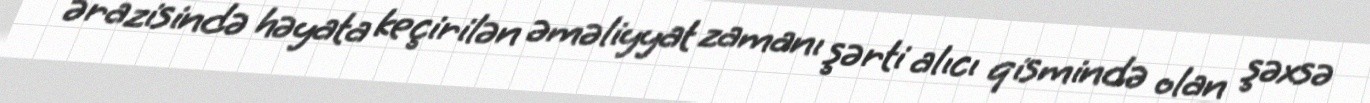
ərazisində həyata keçirilən əməliyyat zamanı şərti alıcı qismində olan şəxsə